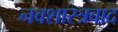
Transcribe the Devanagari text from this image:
नवशास्त्रवाद